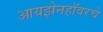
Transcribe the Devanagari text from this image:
आयझेनहॉवरचे